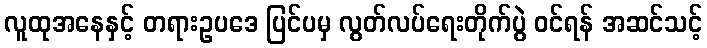
လူထုအနေနှင့် တရားဥပဒေ ပြင်ပမှ လွတ်လပ်ရေးတိုက်ပွဲ ဝင်ရန် အဆင်သင့်